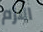
الازم